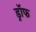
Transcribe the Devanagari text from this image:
ड्रॉफ